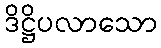
ဒိဋ္ဌိပလာသော